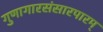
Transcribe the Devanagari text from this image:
गुणागारसंसारपारम्